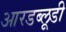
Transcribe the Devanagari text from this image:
आरडब्लूडी